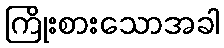
ကြိုးစားသောအခါ